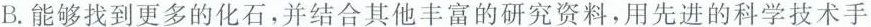
B.能够找到更多的化石，并结合其他丰富的研究资料，用先进的科学技术手